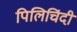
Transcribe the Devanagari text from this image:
पिलिचिंदी